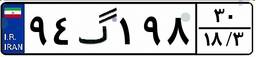
۹۴گ۱۹۸۳۰